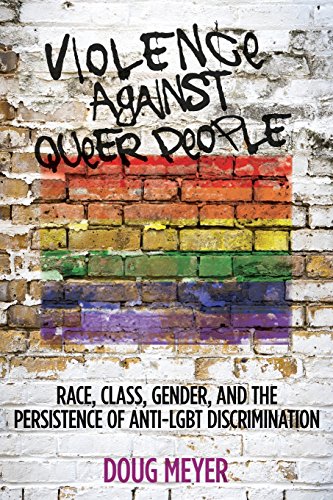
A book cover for Violence against Queer People: Race, Class, Gender, and the Persistence of Anti-LGBT Discrimination; Doug Meyer; Gay & Lesbian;